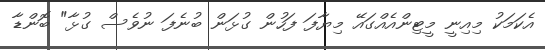
އެކަމަކު މިއިނީ މީޓިންއެއްގައޭ މިޔާފަ ފަހުން ގުޅަން ބުނެފަ ނުވެސް ގުޅާ" ބޮންޑާ